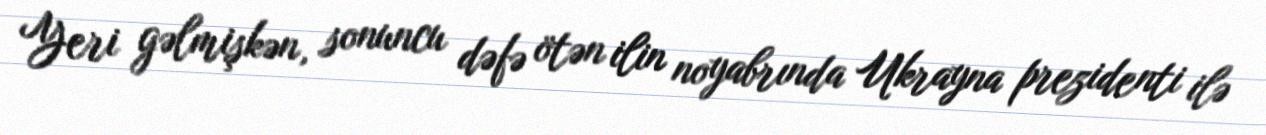
Yeri gəlmişkən, sonuncu dəfə ötən ilin noyabrında Ukrayna prezidenti ilə